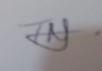
Signature authenticity: genuine